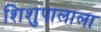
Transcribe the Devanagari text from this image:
शिशुपालाला